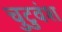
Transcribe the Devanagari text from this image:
चुटुवंश